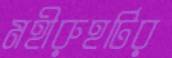
মহীরুহটির